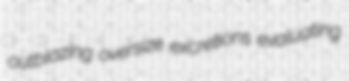
outblazing oversize excretions evaluating